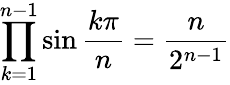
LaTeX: \prod_{k=1}^{n-1}\sin{\frac{k\pi}{n}}={\frac{n}{2^{n-1}}}